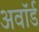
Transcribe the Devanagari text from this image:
अवाॅर्ड